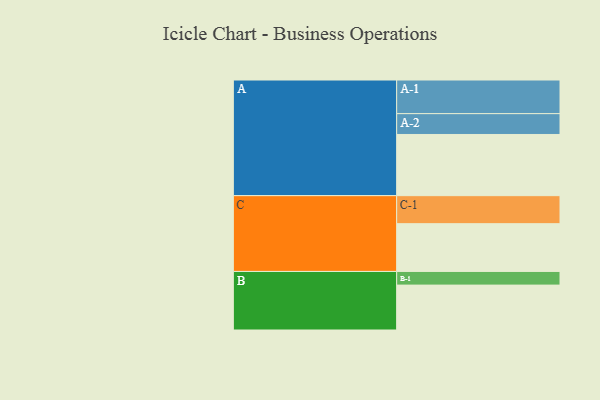
{"axis": {"x": "Segment", "y": "Value"}, "legend": ["", "A", "B", "C"], "data": [{"x": "A", "y": 511, "type": ""}, {"x": "B", "y": 375, "type": ""}, {"x": "C", "y": 399, "type": ""}, {"x": "A-1", "y": 281, "type": "A"}, {"x": "A-2", "y": 174, "type": "A"}, {"x": "B-1", "y": 114, "type": "B"}, {"x": "C-1", "y": 234, "type": "C"}]}